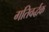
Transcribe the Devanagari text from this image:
गतिवर्द्धक